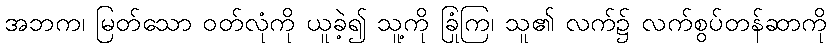
အဘက၊ မြတ်သော ဝတ်လုံကို ယူခဲ့၍ သူ့ကို ခြုံကြ၊ သူ၏ လက်၌ လက်စွပ်တန်ဆာကို